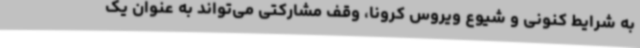
به شرایط کنونی و شیوع ویروس کرونا، وقف مشارکتی می‌تواند به عنوان یک